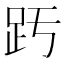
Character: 𧿉